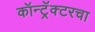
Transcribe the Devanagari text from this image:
कॉन्ट्रॅक्टरचा